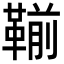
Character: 𩋳